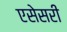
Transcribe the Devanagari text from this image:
एसेसरी